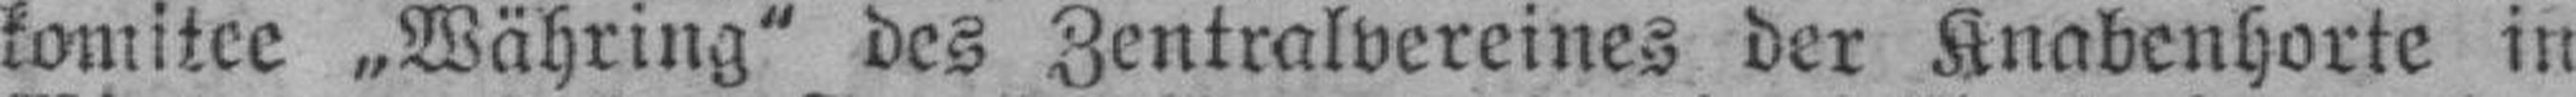
komitee „Währing" des Zentralvereines der Knabenhorte in